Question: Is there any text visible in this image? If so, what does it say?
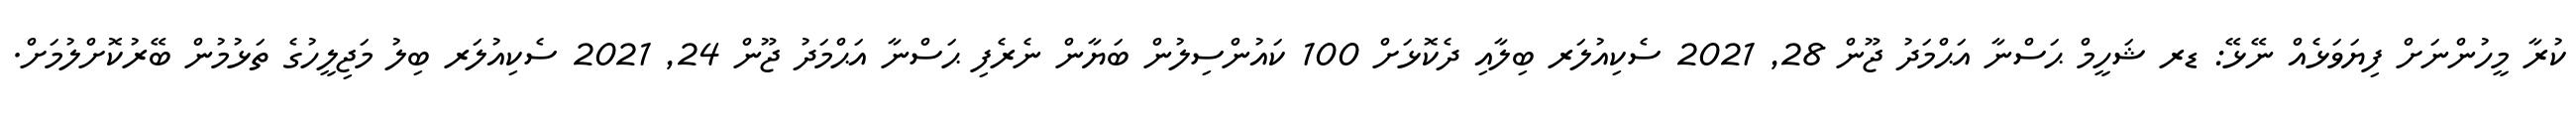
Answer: ކުރާ މީހުންނަށް ފިޔަވަޅެއް ނޭޅޭ: ޑރ ޝަހީމް ޙަސްނާ އަޙްމަދު ޖޫން 28, 2021 ސެކިއުލަރ ބިލާއި ދެކޮޅަށް 100 ކައުންސިލުން ބަޔާން ނެރެފި ޙަސްނާ އަޙްމަދު ޖޫން 24, 2021 ސެކިއުލަރ ބިލު މަޖިލީހުގެ ތަޅުމުން ބޭރުކޮށްލުމަށް.